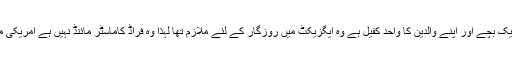
ملزم کے وکیل نے سزا سے قبل عدالت کو یہ بھی بتایا کہ عمیر حامد اپنی بیوی اور ایک بچے اور اپنے والدین کا واحد کفیل ہے وہ ایگزیکٹ میں روزگار کے لئے ملازم تھا لہٰذا وہ فراڈ کاماسٹر مائنڈ نہیں ہے امریکی محکمہ انصاف اس عدالتی فیصلے کے بارےمیں ایک پریس ریلیزبھی جاری کرے گا۔